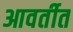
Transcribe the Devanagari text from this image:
आवर्तीत